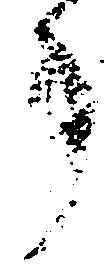
事